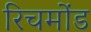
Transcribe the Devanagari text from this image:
रिचमोंड